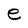
Character: e